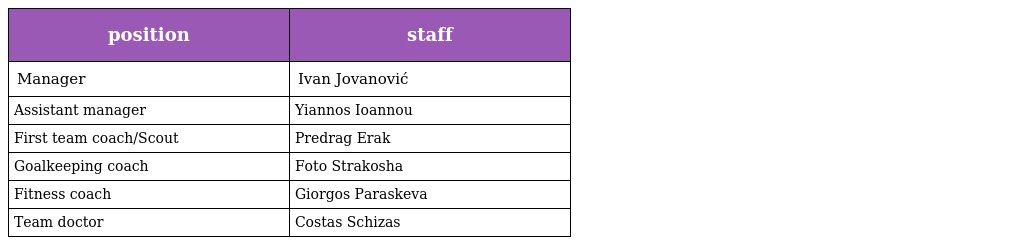
| position | staff |
 | --- | --- |
 | Manager | Ivan Jovanović |
 | Assistant manager | Yiannos Ioannou |
 | First team coach/Scout | Predrag Erak |
 | Goalkeeping coach | Foto Strakosha |
 | Fitness coach | Giorgos Paraskeva |
 | Team doctor | Costas Schizas |